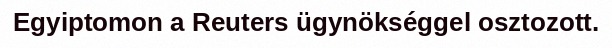
Egyiptomon a Reuters ügynökséggel osztozott.